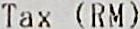
TAX (RM)